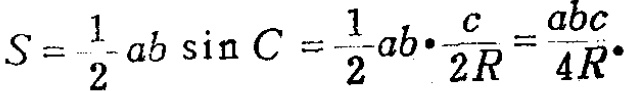
$S = \frac{1}{2}ab\sin C=\frac{1}{2}ab\cdot\frac{c}{2R}=\frac{abc}{4R}.$